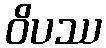
ဝိပဿ